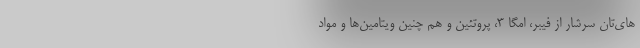
های‌تان سرشار از فیبر، امگا ۳، پروتئین و هم چنین ویتامین‌ها و مواد